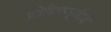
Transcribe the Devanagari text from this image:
फ्रोलिकबूनीज़